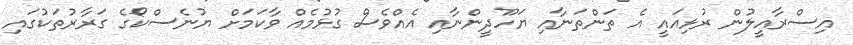
އިސްރާއީލުން ރުޅިއައީ އެ ތަންތަނާއި ޔަހޫދީންނާއި އެއްވެސް ގުޅުމެއް ވާކަމަށް ޔުނެސްކޯގެ ގަރާރުތަކުގައި